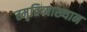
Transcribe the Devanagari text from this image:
स्मृतिव्याख्यान